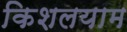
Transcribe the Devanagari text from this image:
किशलयाम